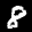
Label: 8